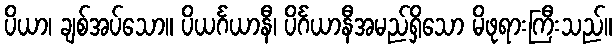
ပိယာ၊ ချစ်အပ်သော။ ပိယင်္ဂယာနီ၊ ပိင်္ဂယာနီအမည်ရှိသော မိဖုရားကြီးသည်။